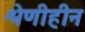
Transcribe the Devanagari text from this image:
श्रेणीहीन